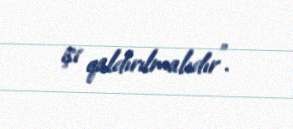
işi qaldırılmalıdır”.